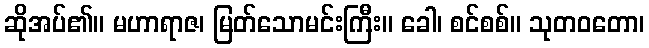
ဆိုအပ်၏။ မဟာရာဇ၊ မြတ်သောမင်းကြီး။ ခေါ၊ စင်စစ်။ သုတဝတော၊